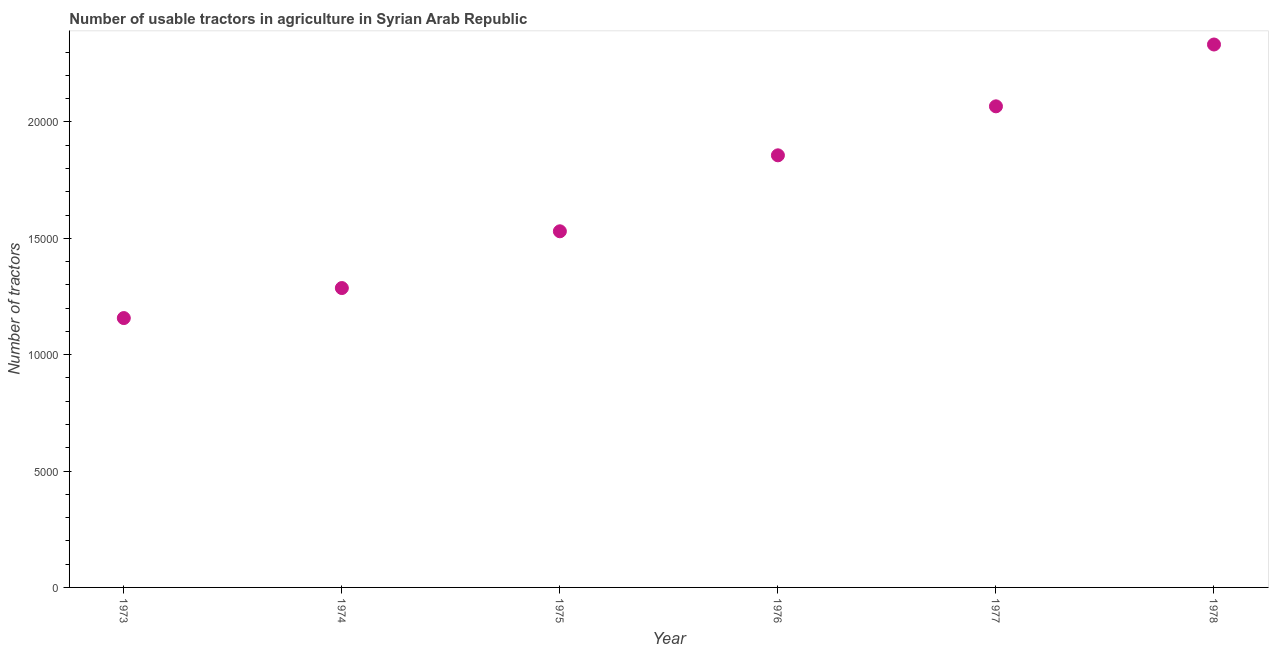
| Year | Agricultural machinery |
 | --- | --- |
 | 1973 | 1.16e+04 |
 | 1974 | 1.29e+04 |
 | 1975 | 1.53e+04 |
 | 1976 | 1.86e+04 |
 | 1977 | 2.07e+04 |
 | 1978 | 2.33e+04 |